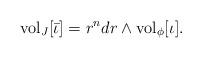
LaTeX: \begin{align*}{\rm vol}_{J} [\bar{\iota}] = r^{n} dr \wedge {\rm vol}_{\phi} [\iota].\end{align*}